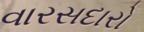
વારસદારો